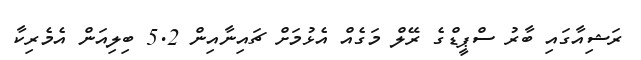
ރަޝިއާގައި ބާރު ސްޕީޑްގެ ރޭލް މަގެއް އެޅުމަށް ޗައިނާއިން 5.2 ބިލިއަން އެމެރިކާ